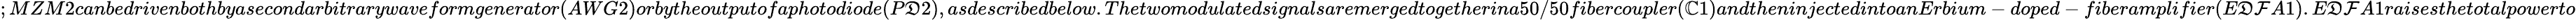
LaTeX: ;MZM2canbedrivenbothbyasecondarbitrarywaveformgenerator(AWG2)orbytheoutputofaphotodiode(P\mathfrak{D}2),asdescribedbelow.Thetwomodulatedsignalsaremergedtogetherina50/50fibercoupler(\mathbb{C}1)andtheninjectedintoanErbium-doped-fiberamplifier(E\mathfrak{D}\mathcal{F}A1).E\mathfrak{D}\mathcal{F}A1raisesthetotalpowerto